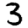
Digit: 3